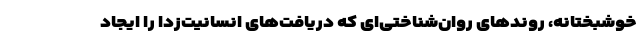
خوشبختانه، روندهای روان‌شناختی‌ای که دریافت‌های انسانیت‌زدا را ایجاد